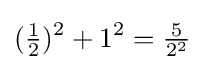
({\tfrac {1}{2}})^{2}+1^{2}={\tfrac {5}{2^{2}}}